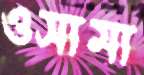
ওসামা